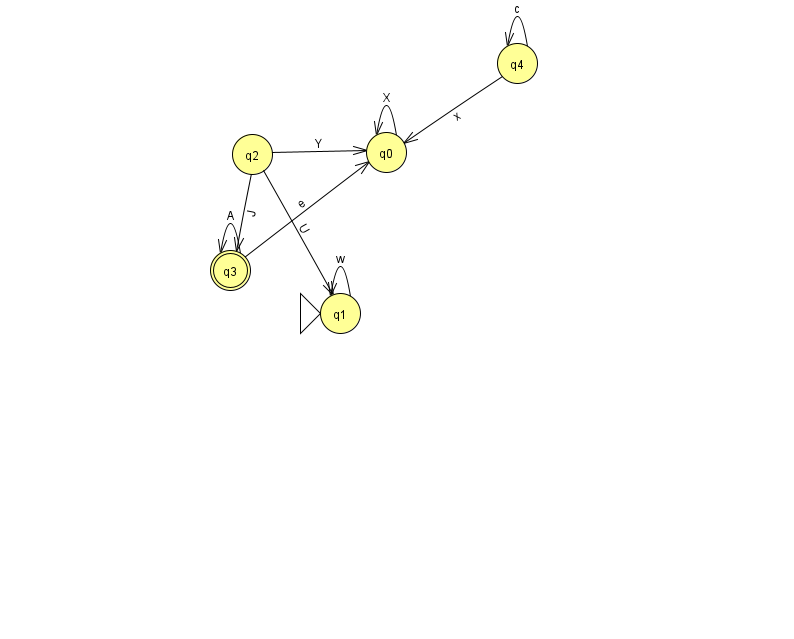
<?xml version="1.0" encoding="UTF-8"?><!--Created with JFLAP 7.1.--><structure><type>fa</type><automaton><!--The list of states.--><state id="0" name="q0"><x>386.0</x><y>139.0</y></state><state id="1" name="q1"><x>340.0</x><y>300.0</y><initial/></state><state id="2" name="q2"><x>252.0</x><y>141.0</y></state><state id="3" name="q3"><x>230.0</x><y>257.0</y><final/></state><state id="4" name="q4"><x>517.0</x><y>50.0</y></state><!--The list of transitions.--><transition><from>2</from><to>0</to><read>Y</read></transition><transition><from>3</from><to>3</to><read>A</read></transition><transition><from>2</from><to>1</to><read>U</read></transition><transition><from>4</from><to>4</to><read>c</read></transition><transition><from>1</from><to>1</to><read>w</read></transition><transition><from>0</from><to>0</to><read>X</read></transition><transition><from>3</from><to>0</to><read>e</read></transition><transition><from>4</from><to>0</to><read>x</read></transition><transition><from>2</from><to>3</to><read>J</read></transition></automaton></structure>